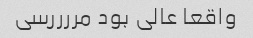
واقعا عالی بود مررررسی